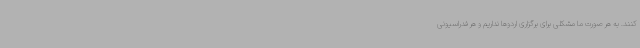
کنند. به هر صورت ما مشکلی برای برگزاری اردوها نداریم و هر فدراسیونی